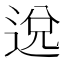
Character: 𨓚